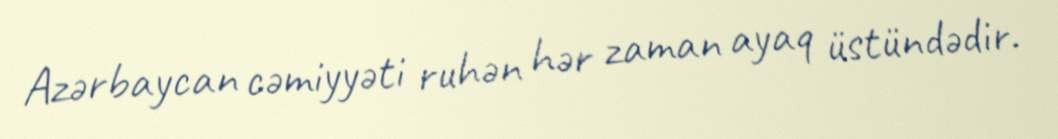
Azərbaycan cəmiyyəti ruhən hər zaman ayaq üstündədir.